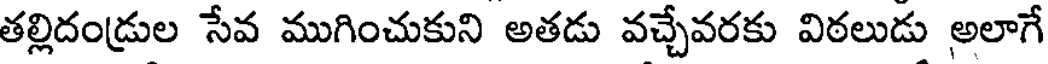
తల్లిదండ్రుల సేవ ముగించుకుని అతడు వచ్చేవరకు విఠలుడు అలాగే